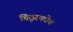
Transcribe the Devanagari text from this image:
बिठूरमधेच